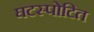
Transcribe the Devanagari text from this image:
घटस्पोटित